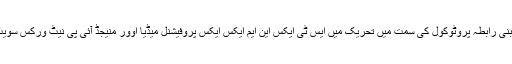
SMPTE پیشہ ور میڈیا انڈسٹریز کے لئے ایک عام آئی پی پر مبنی رابطہ پروٹوکول کی سمت میں تحریک میں ایس ٹی ایکس این ایم ایکس ایکس پروفیشنل میڈیا اوور منیجڈ آئی پی نیٹ ورکس سویٹ ایک اہم کردار ادا کرنے والا عنصر ہے۔